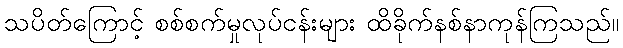
သပိတ်ကြောင့် စစ်စက်မှုလုပ်ငန်းများ ထိခိုက်နစ်နာကုန်ကြသည်။